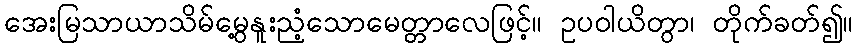
အေးမြသာယာသိမ်မွေ့နူးညံ့သောမေတ္တာလေဖြင့်။ ဥပဝါယိတွာ၊ တိုက်ခတ်၍။